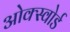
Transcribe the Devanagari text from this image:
ओक्स्वोर्ड